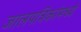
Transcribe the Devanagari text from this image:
जालपत्रिकांमध्ये